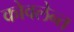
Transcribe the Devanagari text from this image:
कोवलेन्त